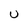
Character: u